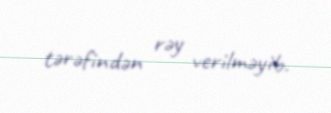
tərəfindən rəy verilməyib.